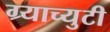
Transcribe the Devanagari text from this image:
ग्र्याच्युटी